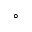
^ \circ